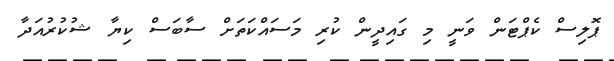
ޕޮލިސް ކެޕްޓަން ވަނީ މި ގައިދީން ކުރި މަސައްކަތަށް ސާބަސް ކިޔާ ޝުކުރުއަދާ